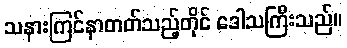
သနားကြင်နာတတ်သည့်တိုင် ဒေါသကြီးသည်။